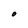
Character: O